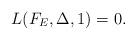
LaTeX: \begin{align*} L(F_E, \Delta,1)=0.\end{align*}